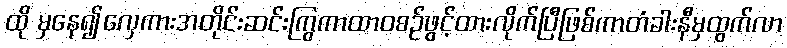
ထို မှနေ၍လှေကားအတိုင်းဆင်းကြွကာထာဝစဉ်ဖွင့်ထားလိုက်ပြီဖြစ်ကာတံခါးနီမှထွက်လာ